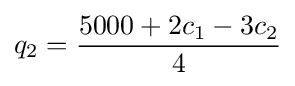
q_{2}={\frac {5000+2c_{1}-3c_{2}}{4}}